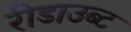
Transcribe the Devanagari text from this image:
रीडाउब्ट